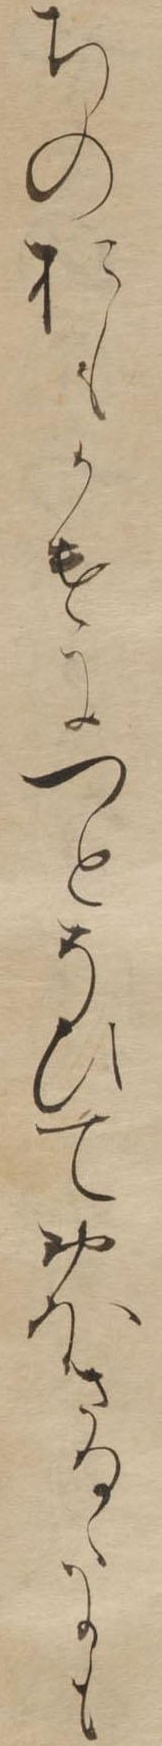
ちのおもかけにつとそひておほさるゝにも